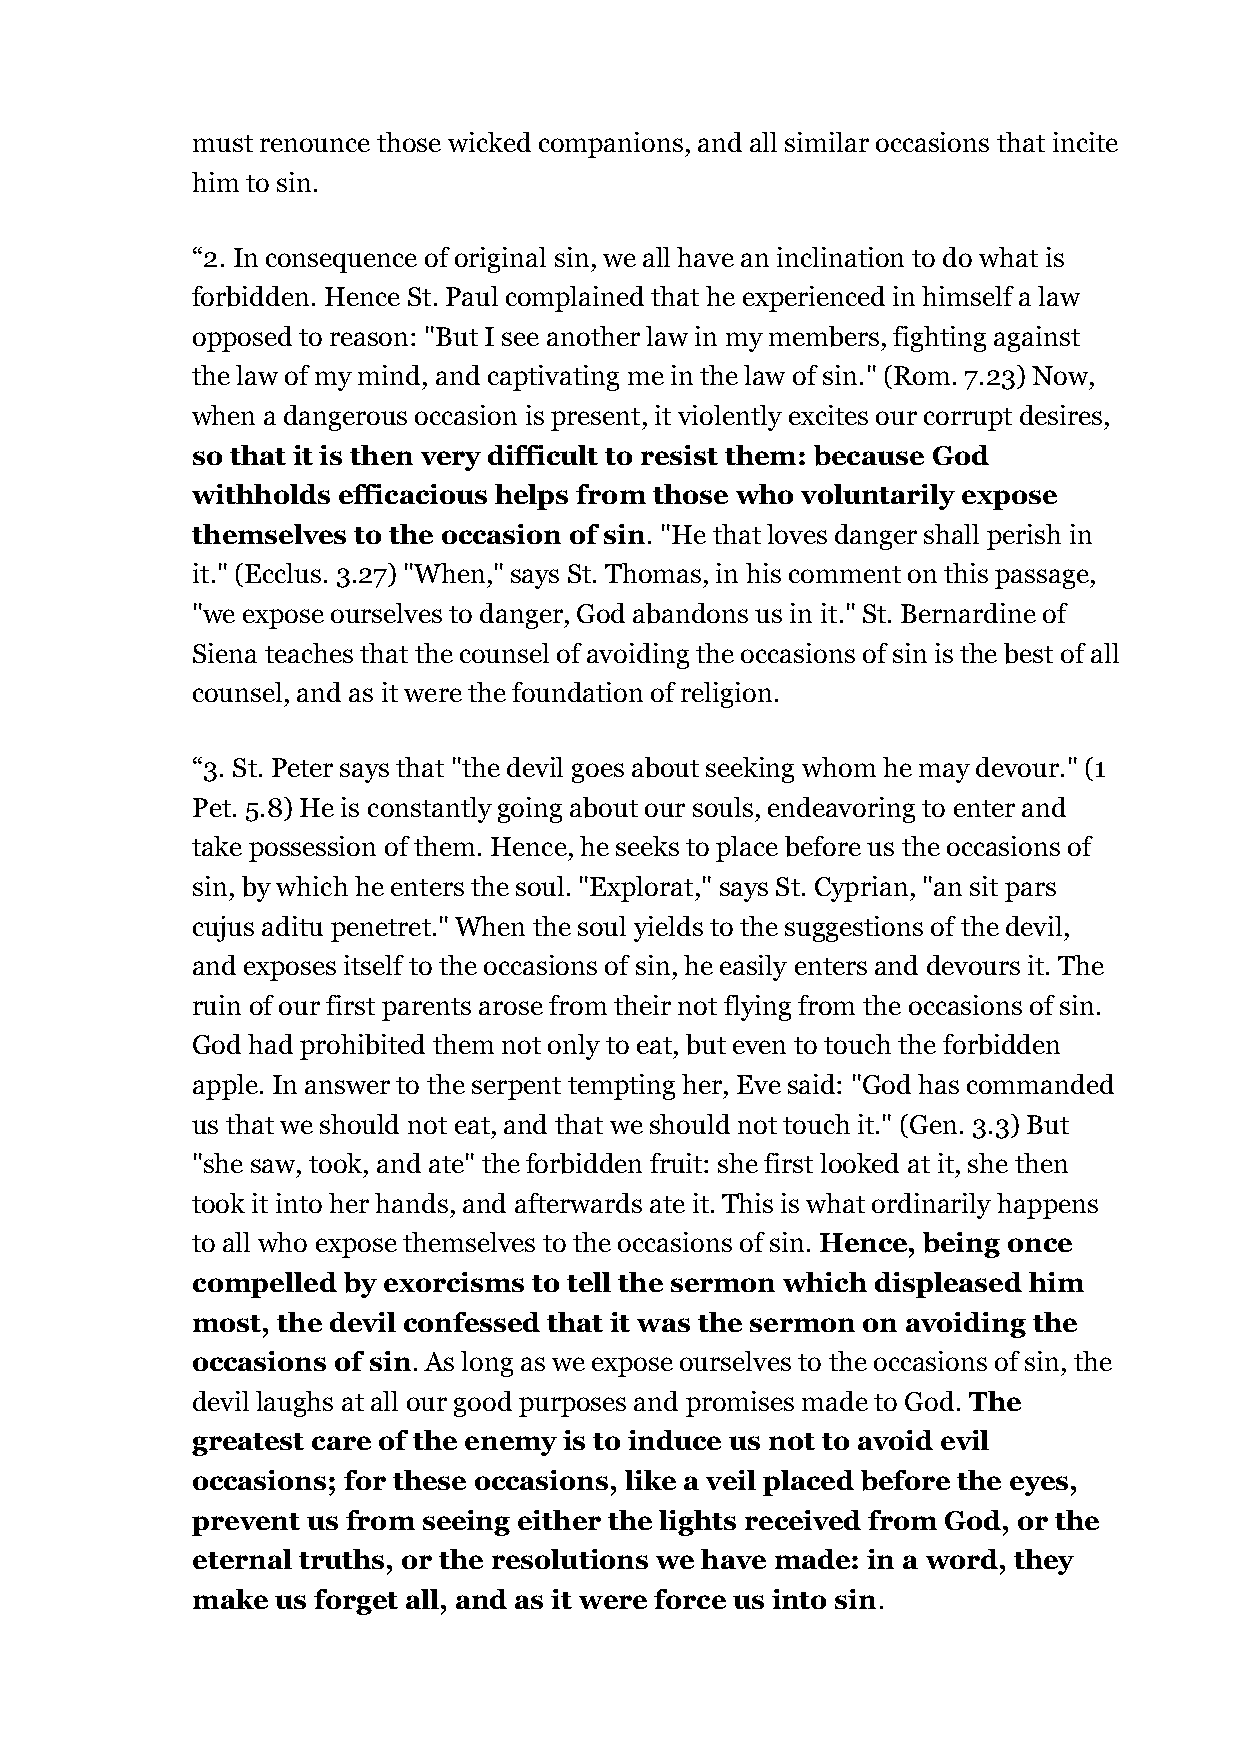
must renounce those wicked companions, and all similar occasions that incite
 him to sin.
 “2. In consequence of original sin, we all have an inclination to do what is
 forbidden. Hence St. Paul complained that he experienced in himself a law
 opposed to reason: "But I see another law in my members, fighting against
 the law of my mind, and captivating me in the law of sin." (Rom. 7.23) Now,
 when a dangerous occasion is present, it violently excites our corrupt desires,
 so that it is then very difficult to resist them: because God
 withholds efficacious helps from those who voluntarily expose
 themselves to the occasion of sin. "He that loves danger shall perish in
 it." (Ecclus. 3.27) "When," says St. Thomas, in his comment on this passage,
 "we expose ourselves to danger, God abandons us in it." St. Bernardine of
 Siena teaches that the counsel of avoiding the occasions of sin is the best of all
 counsel, and as it were the foundation of religion.
 “3. St. Peter says that "the devil goes about seeking whom he may devour." (1
 Pet. 5.8) He is constantly going about our souls, endeavoring to enter and
 take possession of them. Hence, he seeks to place before us the occasions of
 sin, by which he enters the soul. "Explorat," says St. Cyprian, "an sit pars
 cujus aditu penetret." When the soul yields to the suggestions of the devil,
 and exposes itself to the occasions of sin, he easily enters and devours it. The
 ruin of our first parents arose from their not flying from the occasions of sin.
 God had prohibited them not only to eat, but even to touch the forbidden
 apple. In answer to the serpent tempting her, Eve said: "God has commanded
 us that we should not eat, and that we should not touch it." (Gen. 3.3) But
 "she saw, took, and ate" the forbidden fruit: she first looked at it, she then
 took it into her hands, and afterwards ate it. This is what ordinarily happens
 to all who expose themselves to the occasions of sin. Hence, being once
 compelled by exorcisms to tell the sermon which displeased him
 most, the devil confessed that it was the sermon on avoiding the
 occasions of sin. As long as we expose ourselves to the occasions of sin, the
 devil laughs at all our good purposes and promises made to God. The
 greatest care of the enemy is to induce us not to avoid evil
 occasions; for these occasions, like a veil placed before the eyes,
 prevent us from seeing either the lights received from God, or the
 eternal truths, or the resolutions we have made: in a word, they
 make us forget all, and as it were force us into sin.